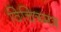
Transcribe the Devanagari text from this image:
विचित्रमत्र